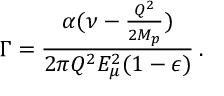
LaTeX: \Gamma = \frac { \alpha ( \nu - \frac { Q ^ { 2 } } { 2 M _ { p } } ) } { 2 \pi Q ^ { 2 } E _ { \mu } ^ { 2 } ( 1 - \epsilon ) } \: .